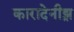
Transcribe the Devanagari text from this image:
कारादेनीझ़